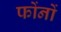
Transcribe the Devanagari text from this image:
फोंनों